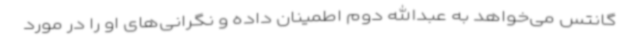
گانتس می‌خواهد به عبدالله دوم اطمینان داده و نگرانی‌های او را در مورد